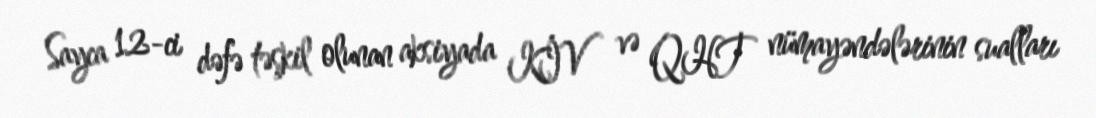
Sayca 12-ci dəfə təşkil olunan aksiyada KİV və QHT nümayəndələrinin sualları